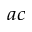
^ { a c }